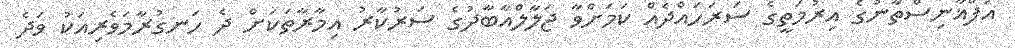
އަފްޣާނިސްތާނުގެ އިރުމަތީގެ ސަރަހައްދެއް ކަމަށްވާ ޖަލާލްއާބާދުގެ ސަރުކާރު އިމާރާތަކަށް ދެ ހަނގުރާމަވެރިއަކު ވަދެ